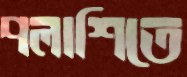
পলাশিতে